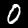
Digit: 0